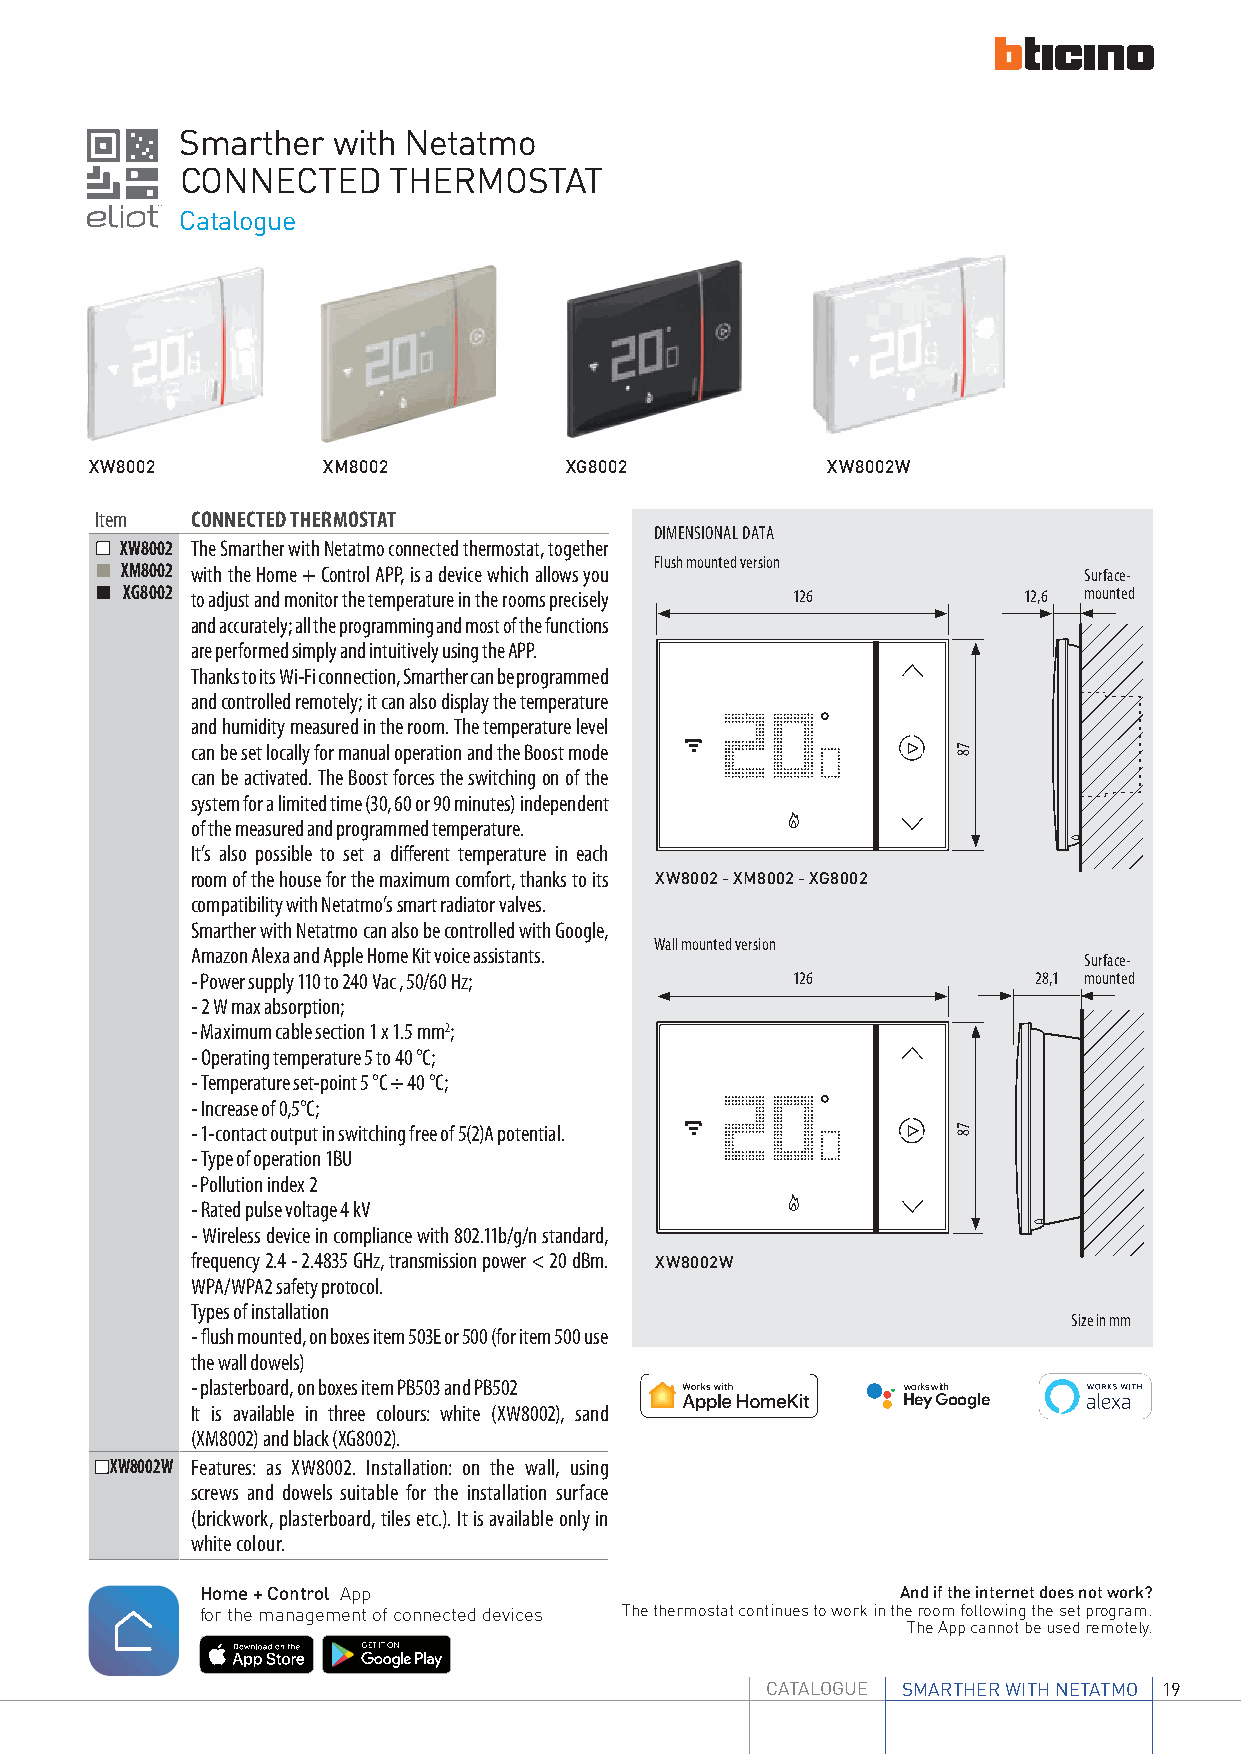
Smarther  with Netatmo
 CONNECTED     THERMOSTAT
 Catalogue
 XW8002         XM8002          XG8002            XW8002W
 Item   CONNECTED THERMOSTAT
 DIMENSIONAL DATA
 XW8002 The Smarther with Netatmo connected thermostat, together
 Flush mounted version
 XM8002 with the Home + Control APP, is a device which allows you Surface-
 XG8002 to adjust and monitor the temperature in the rooms precisely 126 12,6 mounted
 and accurately; all the programming and most of the functions
 are performed simply and intuitively using the APP.
 Thanks to its Wi-Fi connection, Smarther can be programmed
 and controlled remotely; it can also display the temperature
 and humidity measured in the room. The temperature level
 can be set locally for manual operation and the Boost mode
 can be activated. The Boost forces the switching on of the
 system for a limited time (30, 60 or 90 minutes) independent
 of the measured and programmed temperature.
 It’s also possible to set a different temperature in each
 room of the house for the maximum comfort, thanks to its XW8002 - XM8002 - XG8002
 compatibility with Netatmo’s smart radiator valves.
 Smarther with Netatmo can also be controlled with Google,
 Wall mounted version
 Amazon Alexa and Apple Home Kit voice assistants.
 Surface-
 - Power supply 110 to 240 Vac , 50/60 Hz; 126           28,1 mounted
 - 2 W max absorption;
 - Maximum cable section 1 x 1.5 mm2;
 - Operating temperature 5 to 40 °C;
 - Temperature set-point 5 °C ÷ 40 °C;
 - Increase of 0,5°C;
 - 1-contact output in switching free of 5(2)A potential.
 - Type of operation 1BU
 - Pollution index 2
 - Rated pulse voltage 4 kV
 - Wireless device in compliance with 802.11b/g/n standard,
 frequency 2.4 - 2.4835 GHz, transmission power < 20 dBm. XW8002W
 WPA/WPA2 safety protocol.
 Types of installation
 Size in mm
 - flush mounted, on boxes item 503E or 500 (for item 500 use
 the wall dowels)
 - plasterboard, on boxes item PB503 and PB502  works with
 Hey Google
 It is available in three colours: white (XW8002), sand
 (XM8002) and black (XG8002).
 XW8002W Features: as XW8002. Installation: on the wall, using
 screws and dowels suitable for the installation surface
 (brickwork, plasterboard, tiles etc.). It is available only in
 white colour.
 Home + Control App                             And if the internet does not work?
 for the management of connected devices The thermostat continues to work in the room following the set program.
 The App cannot be used remotely.
 CATALOGUE SMARTHER WITH NETATMO 19
 78
 78